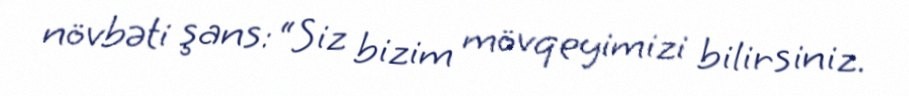
növbəti şans: “Siz bizim mövqeyimizi bilirsiniz.